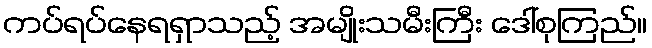
ကပ်ရပ်နေရရှာသည့် အမျိုးသမီးကြီး ဒေါ်စုကြည်။